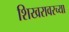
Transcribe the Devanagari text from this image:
शिखरावरच्या